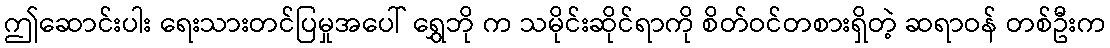
ဤဆောင်းပါး ရေးသားတင်ပြမှုအပေါ် ရွှေဘို က သမိုင်းဆိုင်ရာကို စိတ်ဝင်တစားရှိတဲ့ ဆရာဝန် တစ်ဦးက